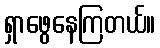
ရှာဖွေနေကြတယ်။